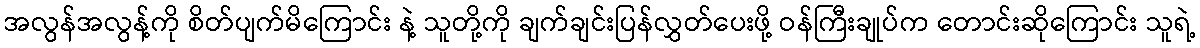
အလွန်အလွန့်ကို စိတ်ပျက်မိကြောင်း နဲ့ သူတို့ကို ချက်ချင်းပြန်လွှတ်ပေးဖို့ ဝန်ကြီးချုပ်က တောင်းဆိုကြောင်း သူရဲ့